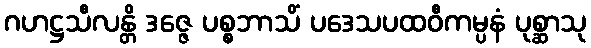
ဂဟဋ္ဌသီလန္တိ ဒဇ္ဇေ ပစ္စဘာသိံ ပဒေသပထဝီကမ္ပနံ ပုစ္ဆာသု